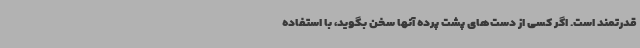
قدرتمند است. اگر کسی از دست‌های پشت پرده آنها سخن بگوید، با استفاده